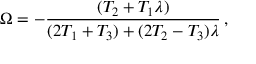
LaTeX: \Omega = - { \frac { ( T _ { 2 } + T _ { 1 } \lambda ) } { ( 2 T _ { 1 } + T _ { 3 } ) + ( 2 T _ { 2 } - T _ { 3 } ) \lambda } } \, ,